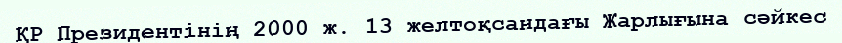
ҚР Президентінің 2000 ж. 13 желтоқсандағы Жарлығына сәйкес